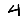
Digit: 4